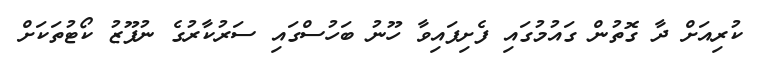
ކުރިއަށް ދާ ގޮތުން ގައުމުގައި ފެށިފައިވާ ހޫނު ބަހުސްގައި ސަރުކާރުގެ ނުފޫޒު ކޯޓުތަކަށް